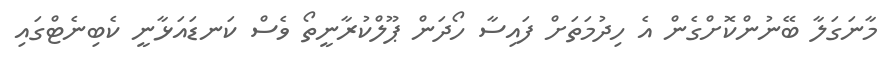
މާނަގަލާ ބޭނުންކޮށްގެން އެ ހިދުމަތަށް ފައިސާ ހޯދަން ޕޫލްކުރާނީތޯ ވެސް ކަނޑައަޅާނީ ކެބިނެޓްގައި